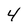
Character: 4